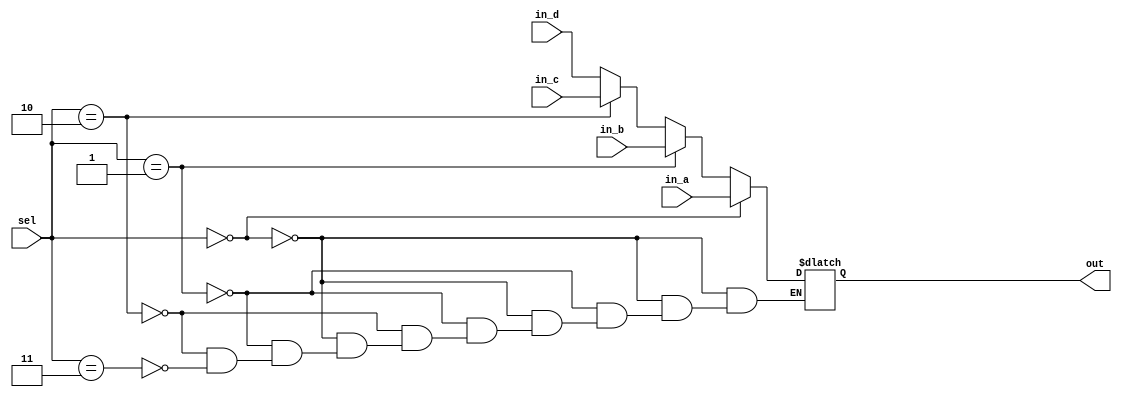
// ECE:3350 SISC processor project
// 32-bit mux

`timescale 1ns/100ps

module mux32 (in_a, in_b, in_c, in_d, sel, out);

  /*
   *  32-BIT MULTIPLEXER - mux32.v
   *
   *  Inputs:
   *   - in_a = output alu_result from alu (32 bits): First input to multiplexer. Selected when sel = 00.
   *   - in_b = output from dm (32 bits): Second input. Selected when sel = 01.
   *   - in_c = register A (Rs) (32 bits): Second input. Selected when sel = 10.
   *   - in_d = register B (Rd) (32 bits): Second input. Selected when sel = 11.
   *   - sel = output wb_sel (2 bits) from ctrl: Selects which input propagates to output.
   *
   *  Outputs:
   *   - out = input write_data of rf (32 bits): Multiplexer output.
   *
   */

  input  [31:0] in_a;
  input  [31:0] in_b;
  input  [31:0] in_c;
  input  [31:0] in_d;
  input  [1:0]  sel;
  output [31:0] out;

  reg   [31:0] outreg;
   
  always @ (in_a, in_b, in_c, in_d, sel)
  begin
    if (sel == 2'b00)
    begin
      outreg = in_a;
    end
    else if (sel == 2'b01)
    begin
      outreg = in_b;
    end
    else if (sel == 2'b10)
    begin
      outreg = in_c;
    end
    else if (sel == 2'b11)
    begin
      outreg = in_d;
    end
  end

  assign out = outreg;

endmodule